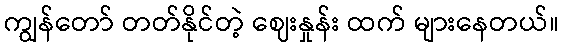
ကျွန်တော် တတ်နိုင်တဲ့ ဈေးနှုန်း ထက် များနေတယ်။